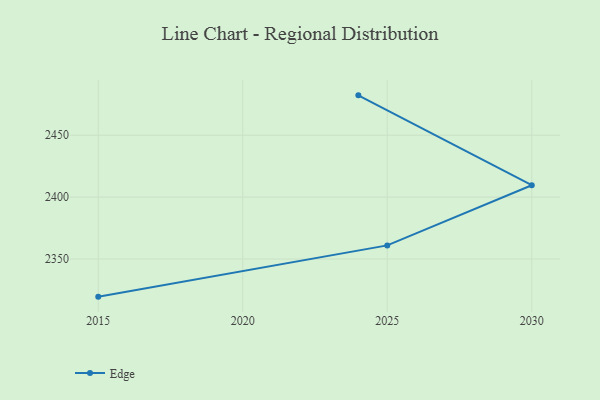
{"axis": {"x": "Year", "y": "Budget (USD K)"}, "legend": ["Edge"], "data": [{"x": "2024", "y": 2482.2, "type": "Edge"}, {"x": "2030", "y": 2409.6, "type": "Edge"}, {"x": "2025", "y": 2361.0, "type": "Edge"}, {"x": "2015", "y": 2319.6, "type": "Edge"}]}